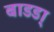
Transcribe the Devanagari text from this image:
बाडडा्